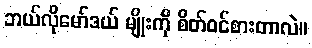
ဘယ်လိုမော်ဒယ် မျိုးကို စိတ်ဝင်စားတာလဲ။